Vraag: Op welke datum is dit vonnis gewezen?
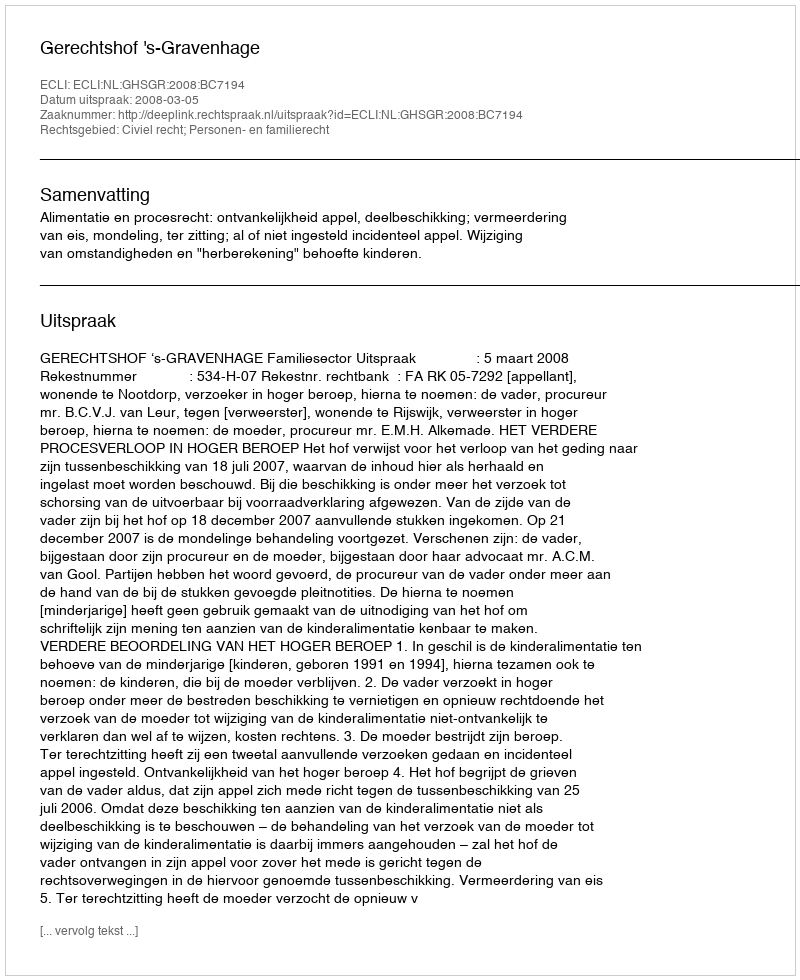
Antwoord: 2008-03-05